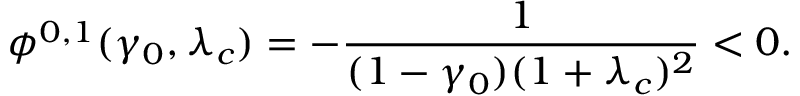
\phi ^ { 0 , 1 } ( \gamma _ { 0 } , \lambda _ { c } ) = - \frac { 1 } { ( 1 - \gamma _ { 0 } ) ( 1 + \lambda _ { c } ) ^ { 2 } } < 0 .